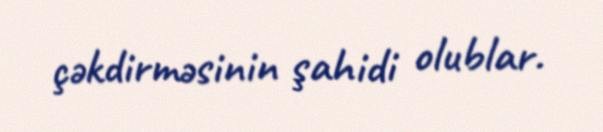
çəkdirməsinin şahidi olublar.